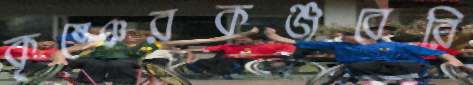
কৃষ্ঞেরকঞ্জবেরি